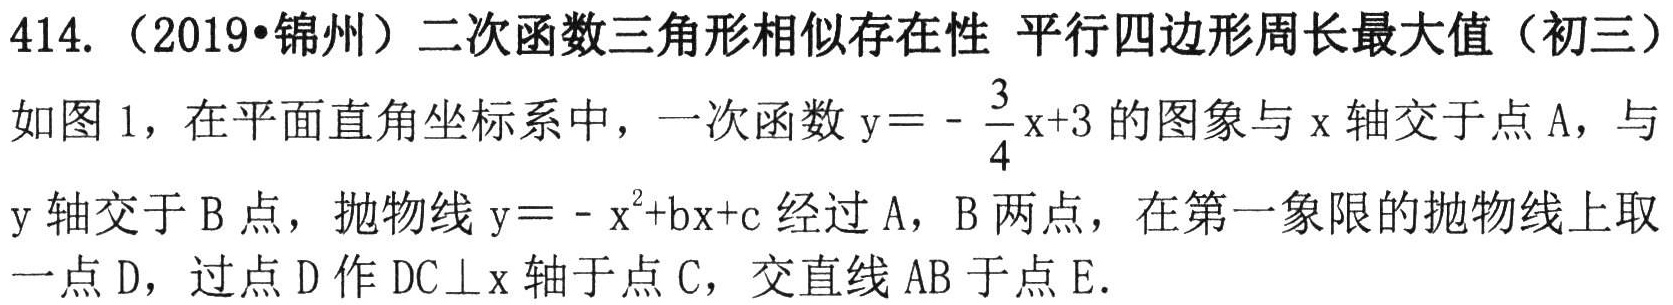
414.（2019•锦州）二次函数三角形相似存在性 平行四边形周长最大值（初三）
如图1，在平面直角坐标系中，一次函数\(y = -\frac{3}{4}x + 3\)的图象与\(x\)轴交于点\(A\)，与\(y\)轴交于\(B\)点，抛物线\(y=-x^{2}+bx + c\)经过\(A\)，\(B\)两点，在第一象限的抛物线上取一点\(D\)，过点\(D\)作\(DC\perp x\)轴于点\(C\)，交直线\(AB\)于点\(E\).